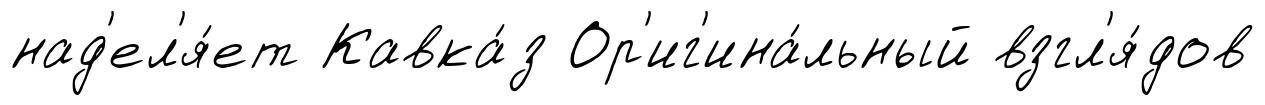
над'ел'я́ет Кавка́з Ор'иг'ина́льный взгл'я́дов